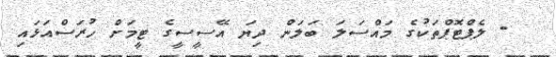
- ލެޕްޓޮޕްތަކުގެ މައްސަލަ ބަލަން ދިޔަ އޭސީސީގެ ޓީމަށް ހުރަސްއަޅައި